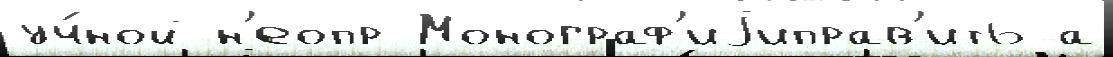
уч́ной н'еопр Монограф'иjиправ'ить а